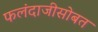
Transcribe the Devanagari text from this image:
फलंदाजीसोबत